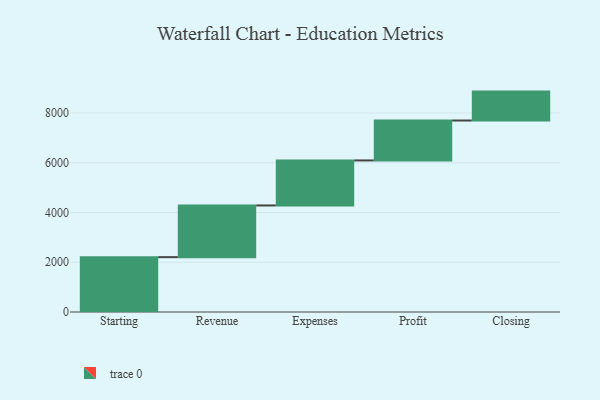
{"axis": {"x": "Step", "y": "Value"}, "legend": [""], "data": [{"x": "Starting", "y": 2205.0, "type": ""}, {"x": "Revenue", "y": 2078.0, "type": ""}, {"x": "Expenses", "y": 1810.0, "type": ""}, {"x": "Profit", "y": 1605.0, "type": ""}, {"x": "Closing", "y": 1162.0, "type": ""}]}